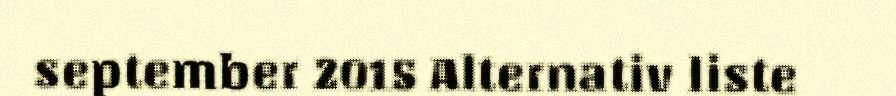
september 2015 Alternativ liste